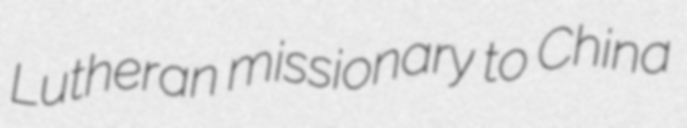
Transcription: Lutheran missionary to China